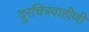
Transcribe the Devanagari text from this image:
दुरचित्रवाहीणी